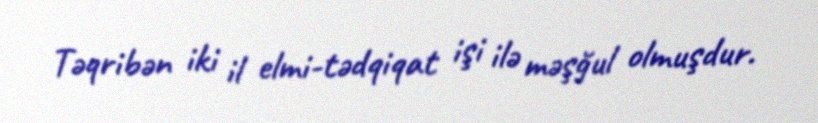
Təqribən iki il elmi-tədqiqat işi ilə məşğul olmuşdur.